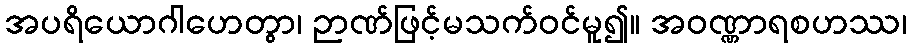
အပရိယောဂါဟေတွာ၊ ဉာဏ်ဖြင့်မသက်ဝင်မူ၍။ အဝဏ္ဏာရစဟဿ၊